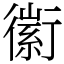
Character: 䘗